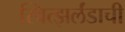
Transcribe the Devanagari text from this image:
स्वित्झर्लंडाची